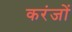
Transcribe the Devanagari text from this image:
करंजों